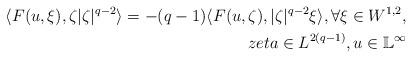
LaTeX: \begin{align*} \langle F(u, \xi), \zeta |\zeta|^{q-2} \rangle=-(q-1)\langle F(u,\zeta),|\zeta|^{q-2} \xi \rangle, \forall \xi \in W^{1,2}, \\zeta \in L^{2(q-1)}, u\in \mathbb{L}^{\infty} \end{align*}